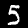
Label: 5